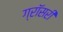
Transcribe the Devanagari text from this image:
ग्रॉसरी